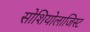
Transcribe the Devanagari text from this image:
सोशियोलाजिस्ट